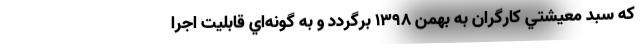
كه سبد معيشتي كارگران به بهمن ۱۳۹۸ برگردد و به گونه‌اي قابليت اجرا